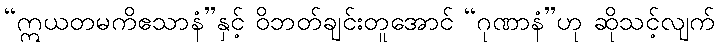
“ဣယတမကိဧသာနံ”နှင့် ဝိဘတ်ချင်းတူအောင် “ဂုဏာနံ”ဟု ဆိုသင့်လျက်